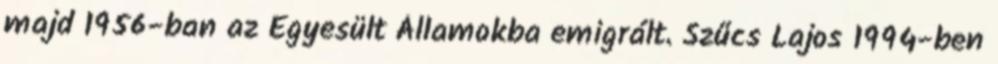
majd 1956-ban az Egyesült Államokba emigrált. Szűcs Lajos 1994-ben